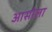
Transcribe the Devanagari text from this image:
आसोला